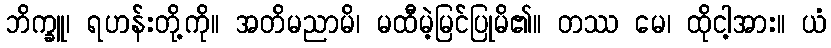
ဘိက္ခူ၊ ရဟန်းတို့ကို။ အတိမညာမိ၊ မထီမဲ့မြင်ပြုမိ၏။ တဿ မေ၊ ထိုငါ့အား။ ယံ